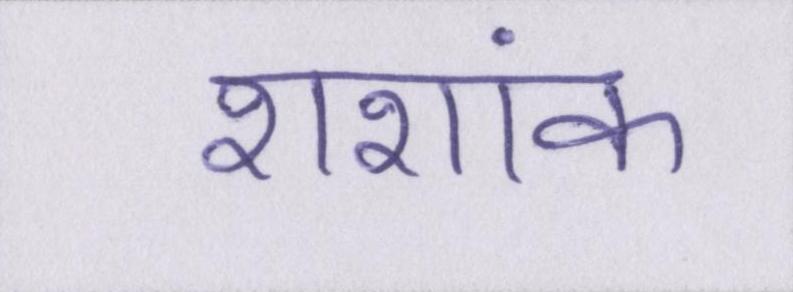
शशांक